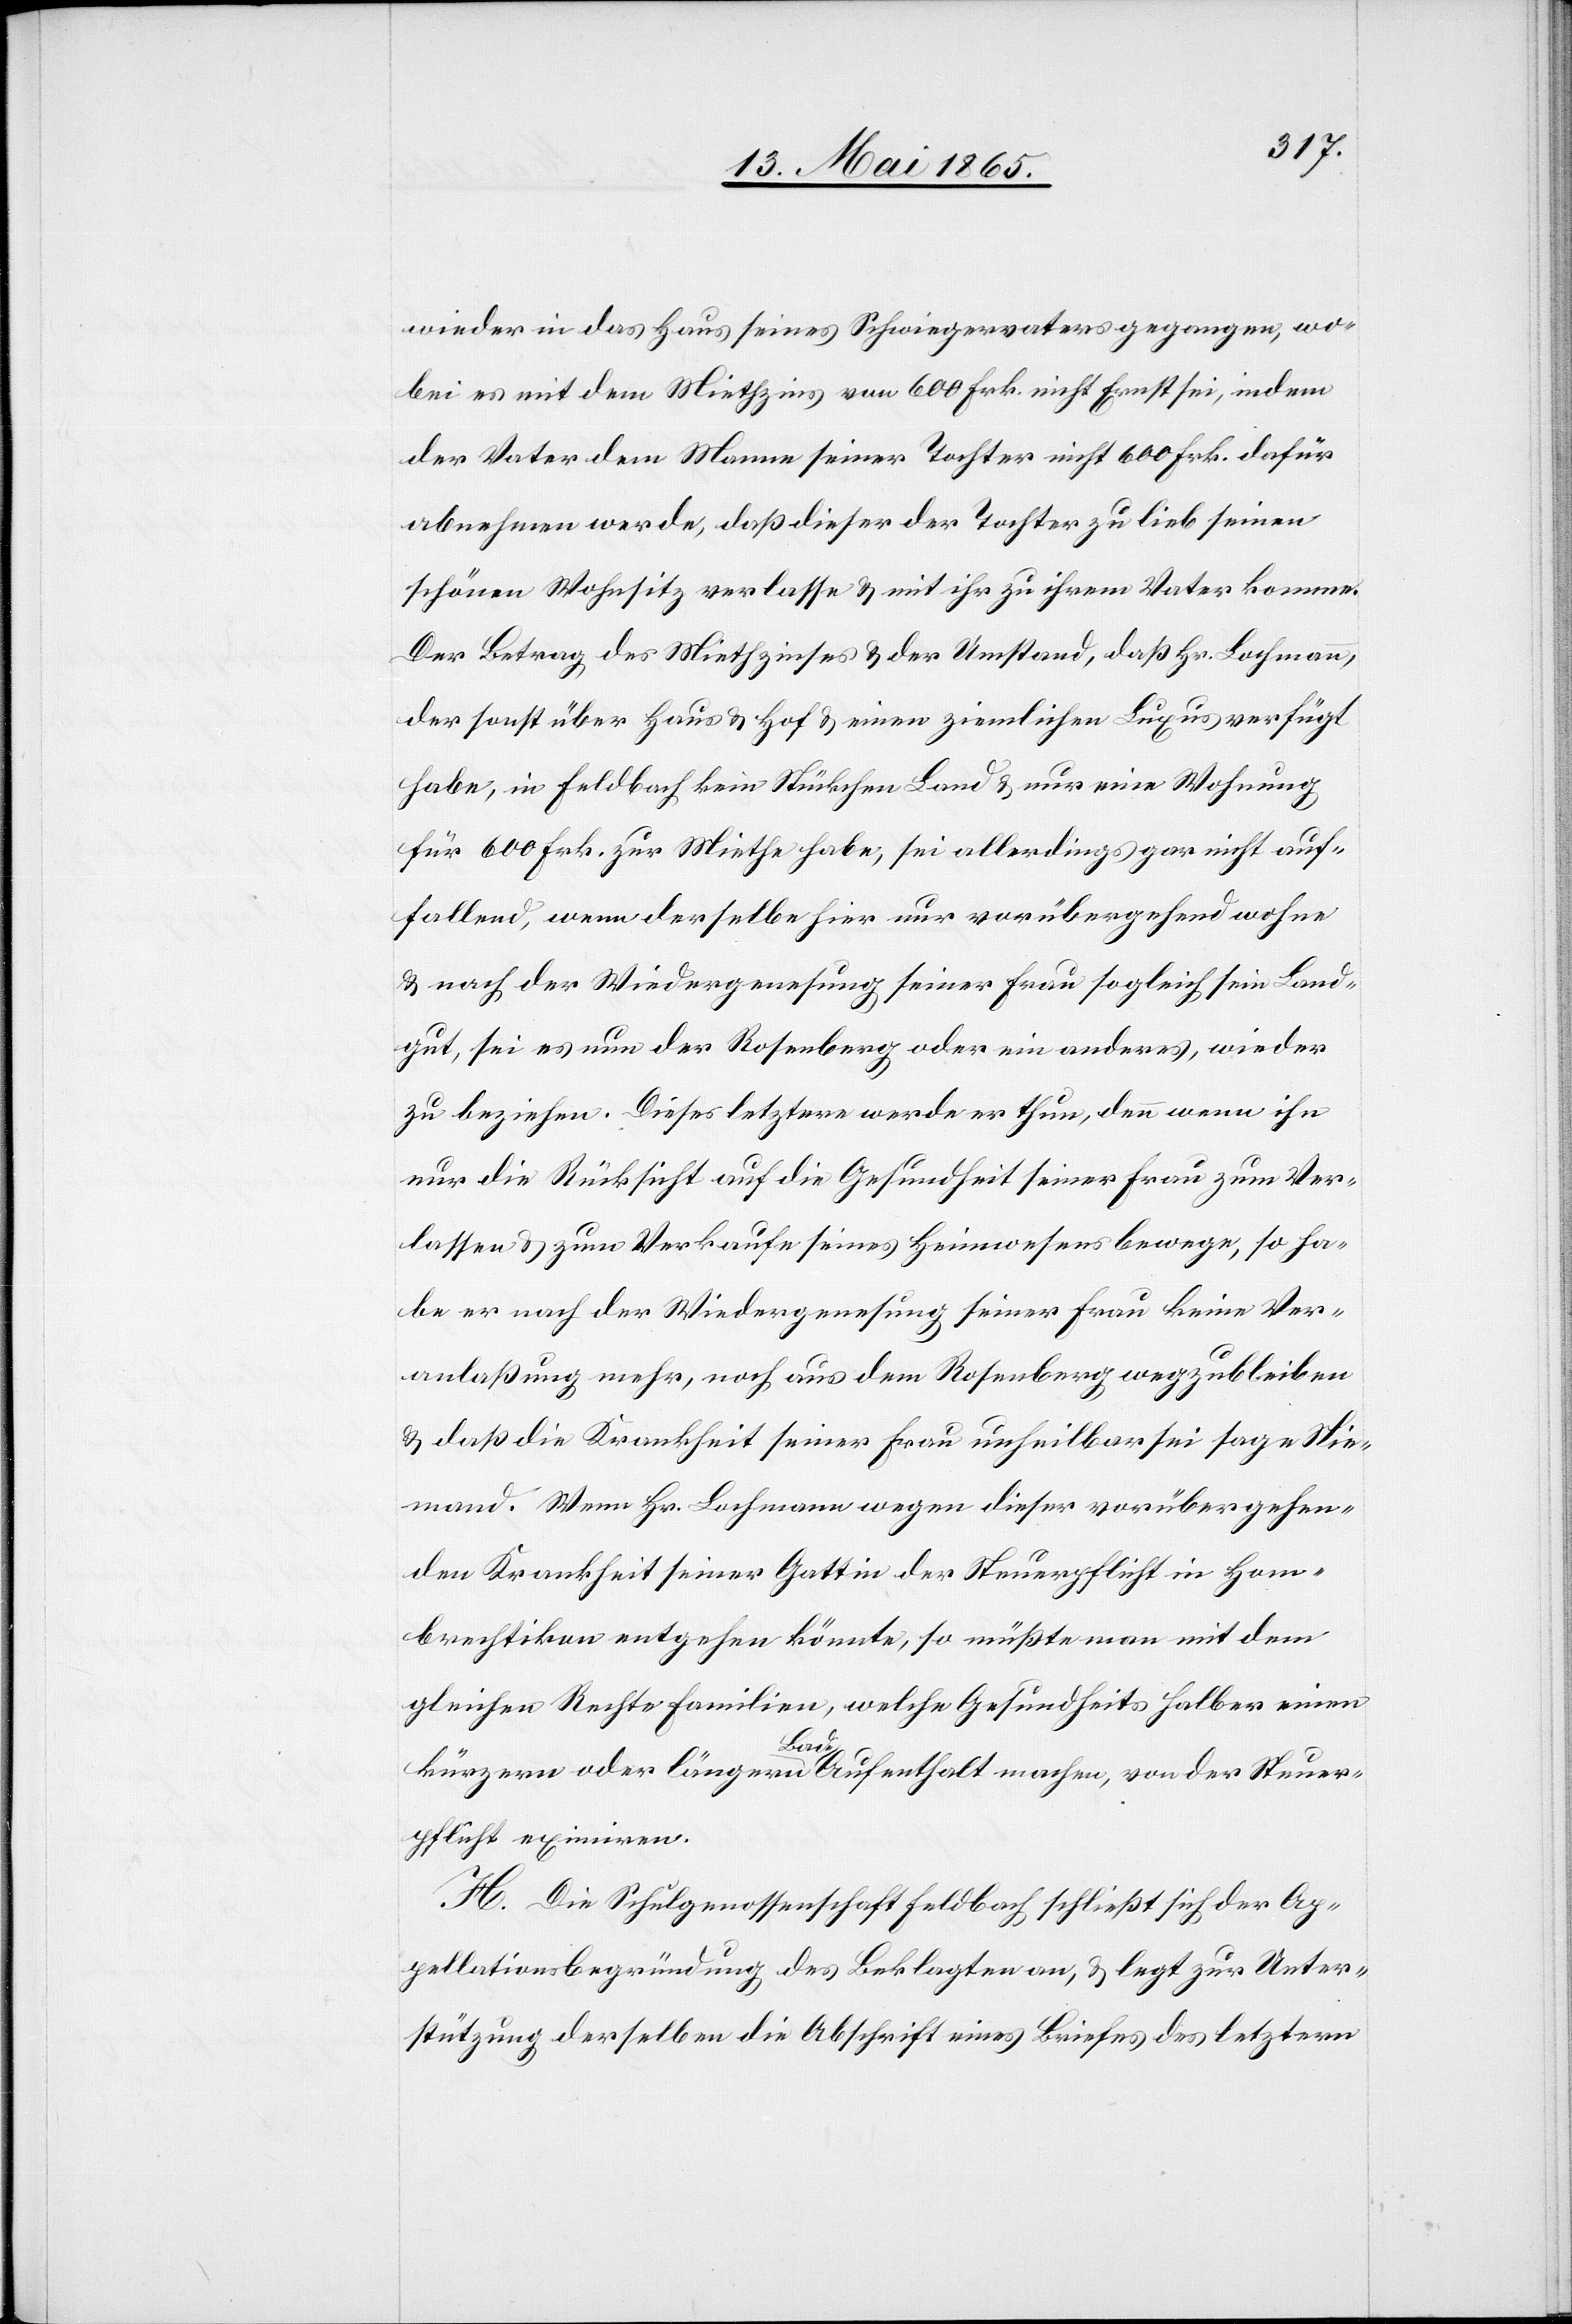
wieder in das Haus seines Schweigervaters gegangen, wo¬
bei es mit dem Miethzins von 600 Frk. nicht Ernst sei, indem
der Vater dem Manne seiner Tochter nicht 600 Frk. dafür
abnehmen werde, daß dieser der Tochter zu lieb seinen
schönen Wohnsitz verlasse & mit ihr zu ihrem Vater komme.
Der Betrag des Miethzinses & der Umstand, daß Hr. Lochmann
der sonst über Haus & Hof & einen ziemlichen Luxus verfügt
habe, in Feldbach kein Stückchen Land & nur eine Wohnung
für 600 Frk. zur Miethe habe, sei allerdings gar nicht auf¬
fallend, wenn derselbe hier nur vorübergehend wohne
& nach der Wiedergenesung seiner Frau sogleich sein Land¬
gut, sei es nun der Rosenberg oder ein anderes, wieder
zu beziehen. Dieses letztere werde er thun, denn wenn ihn
nur die Rücksicht auf die Gesundheit seiner Frau zum Ver¬
lassen & zum Verkaufe seines Heimwesens bewege, so ha¬
be er nach der Wiedergenesung seiner Frau keine Ver¬
anlaßung mehr, noch aus dem Rosenberg wegzubleiben
& daß die Krankheit seiner Frau unheilbar sei sage Nie¬
mand. Wenn Hr. Lochmann wegen dieser vorübergehen¬
den Krankheit seiner Gattin der Steuerpflicht in Hom¬
brechtikon entgehen könnte, so müße man mit dem
gleichen Rechte Familien, welche Gesundheits halber einen
kürzern oder längern Bad-Aufenthalt machen, von der Steuer¬
pflicht eximiren.
H. Die Schulgenossenschaft Feldbach schließt sich der Ap¬
pellationsbegründung des Beklagten an, & legt zur Unter¬
stützung derselben die Abschrift eines Briefes des letztern